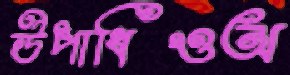
উপাধিওঅ